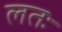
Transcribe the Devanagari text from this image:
लतः